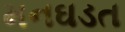
મનઘડત